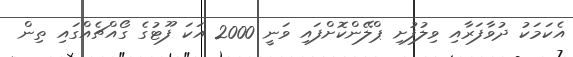
އެކަމަކު ދުވާފަރާއި ވިލުފުށި ޕްލޭންކޮށްފައި ވަނީ 2000 އަކަ ފޫޓުގެ ގޯއްޗެއްގައި ތިން